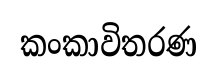
කංකාවිතරණ